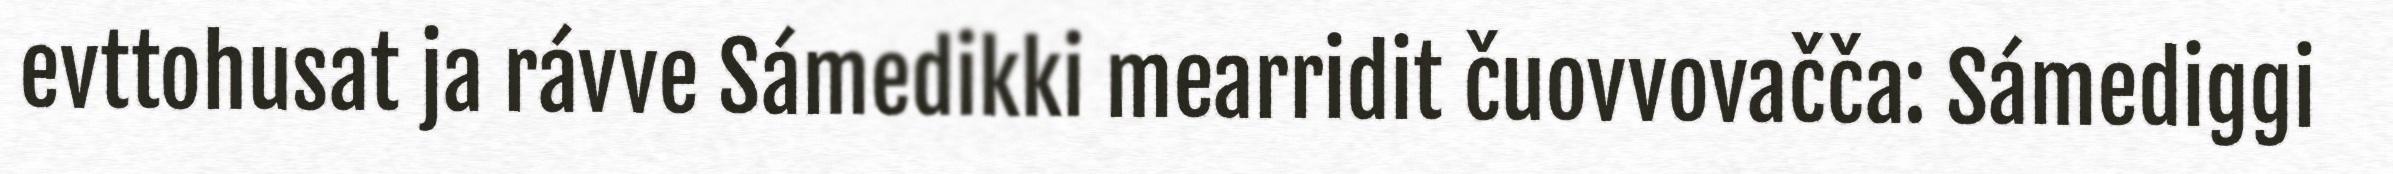
evttohusat ja rávve Sámedikki mearridit čuovvovačča: Sámediggi